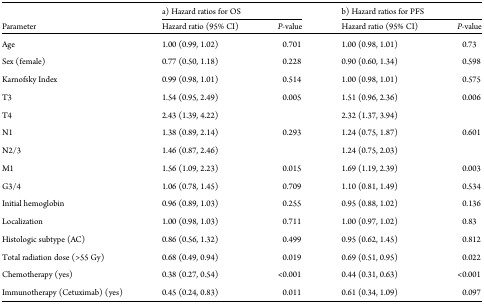
|  | <COLSPAN=2> a) Hazard ratios for OS | <COLSPAN=2> b) Hazard ratios for PFS |
 | Parameter | Hazard ratio (95% CI) | P-value | Hazard ratio (95% CI) | P-value |
 | --- | --- | --- | --- | --- |
 | Age | 1.00 (0.99, 1.02) | 0.701 | 1.00 (0.98, 1.01) | 0.73 |
 | Sex (female) | 0.77 (0.50, 1.18) | 0.228 | 0.90 (0.60, 1.34) | 0.598 |
 | Karnofsky Index | 0.99 (0.98, 1.01) | 0.514 | 1.00 (0.98, 1.01) | 0.575 |
 | T3 | 1.54 (0.95, 2.49) | <ROWSPAN=2> 0.005 | 1.51 (0.96, 2.36) | <ROWSPAN=2> 0.006 |
 | T4 | 2.43 (1.39, 4.22) | 2.32 (1.37, 3.94) |
 | N1 | 1.38 (0.89, 2.14) | <ROWSPAN=2> 0.293 | 1.24 (0.75, 1.87) | <ROWSPAN=2> 0.601 |
 | N2/3 | 1.46 (0.87, 2.46) | 1.24 (0.75, 2.03) |
 | M1 | 1.56 (1.09, 2.23) | 0.015 | 1.69 (1.19, 2.39) | 0.003 |
 | G3/4 | 1.06 (0.78, 1.45) | 0.709 | 1.10 (0.81, 1.49) | 0.534 |
 | Initial hemoglobin | 0.96 (0.89, 1.03) | 0.255 | 0.95 (0.88, 1.02) | 0.136 |
 | Localization | 1.00 (0.98, 1.03) | 0.711 | 1.00 (0.97, 1.02) | 0.83 |
 | Histologic subtype (AC) | 0.86 (0.56, 1.32) | 0.499 | 0.95 (0.62, 1.45) | 0.812 |
 | Total radiation dose (>55 Gy) | 0.68 (0.49, 0.94) | 0.019 | 0.69 (0.51, 0.95) | 0.022 |
 | Chemotherapy (yes) | 0.38 (0.27, 0.54) | <0.001 | 0.44 (0.31, 0.63) | <0.001 |
 | Immunotherapy (Cetuximab) (yes) | 0.45 (0.24, 0.83) | 0.011 | 0.61 (0.34, 1.09) | 0.097 |